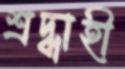
শ্রদ্ধাহী